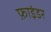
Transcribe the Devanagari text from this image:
फ़ाइंडर